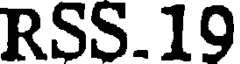
RSS.19